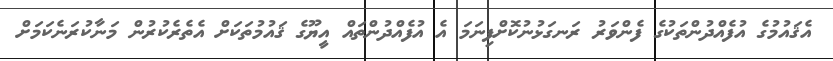
އެޤައުމުގެ އުފެއްދުންތަކުގެ ފެންވަރު ރަނގަޅުނުކޮށްފިނަމަ އެ އުފެއްދުންތައް އީޔޫގެ ޤައުމުތަކަށް އެތެރެކުރުން މަނާކުރަނެކަމަށް